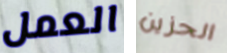
العمل الحزين